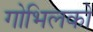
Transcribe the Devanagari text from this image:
गोभिलको